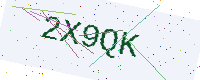
Text: 2X9QK